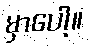
မှာပေါ့။